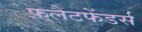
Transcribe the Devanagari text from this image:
फ़्लैटफेंडर्स